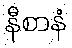
နီစာနံ